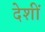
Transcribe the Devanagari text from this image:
देशीं